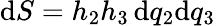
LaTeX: \mathrm{d}S=h_{2}h_{3}\, \mathrm{d}q_{2}\mathrm{d}q_{3}